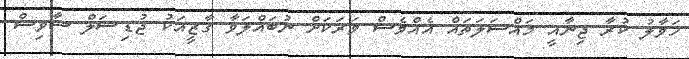
ހަވާލު ކުރާ ޖިނާއީ މައްސަލަތައް އެއްވެސް ވަރަކަށް ނުބައްލަވާ ގާޒީއަކު ޖުޑިޝަލް ސާވިސް